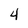
Character: 4